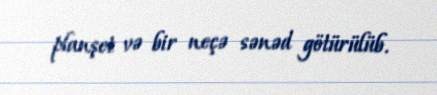
planşet və bir neçə sənəd götürülüb.